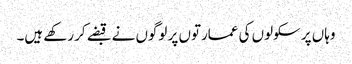
وہاں پر سکولوں کی عمارتوں پر لوگوں نے قبضے کر رکھے ہیں۔